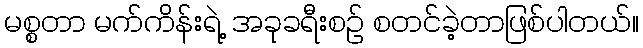
မစ္စတာ မက်ကိန်းရဲ့ အခုခရီးစဉ် စတင်ခဲ့တာဖြစ်ပါတယ်။